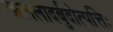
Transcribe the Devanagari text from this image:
कललादर्बुदोत्पत्तिः